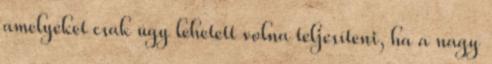
amelyeket csak úgy lehetett volna teljesíteni, ha a nagy